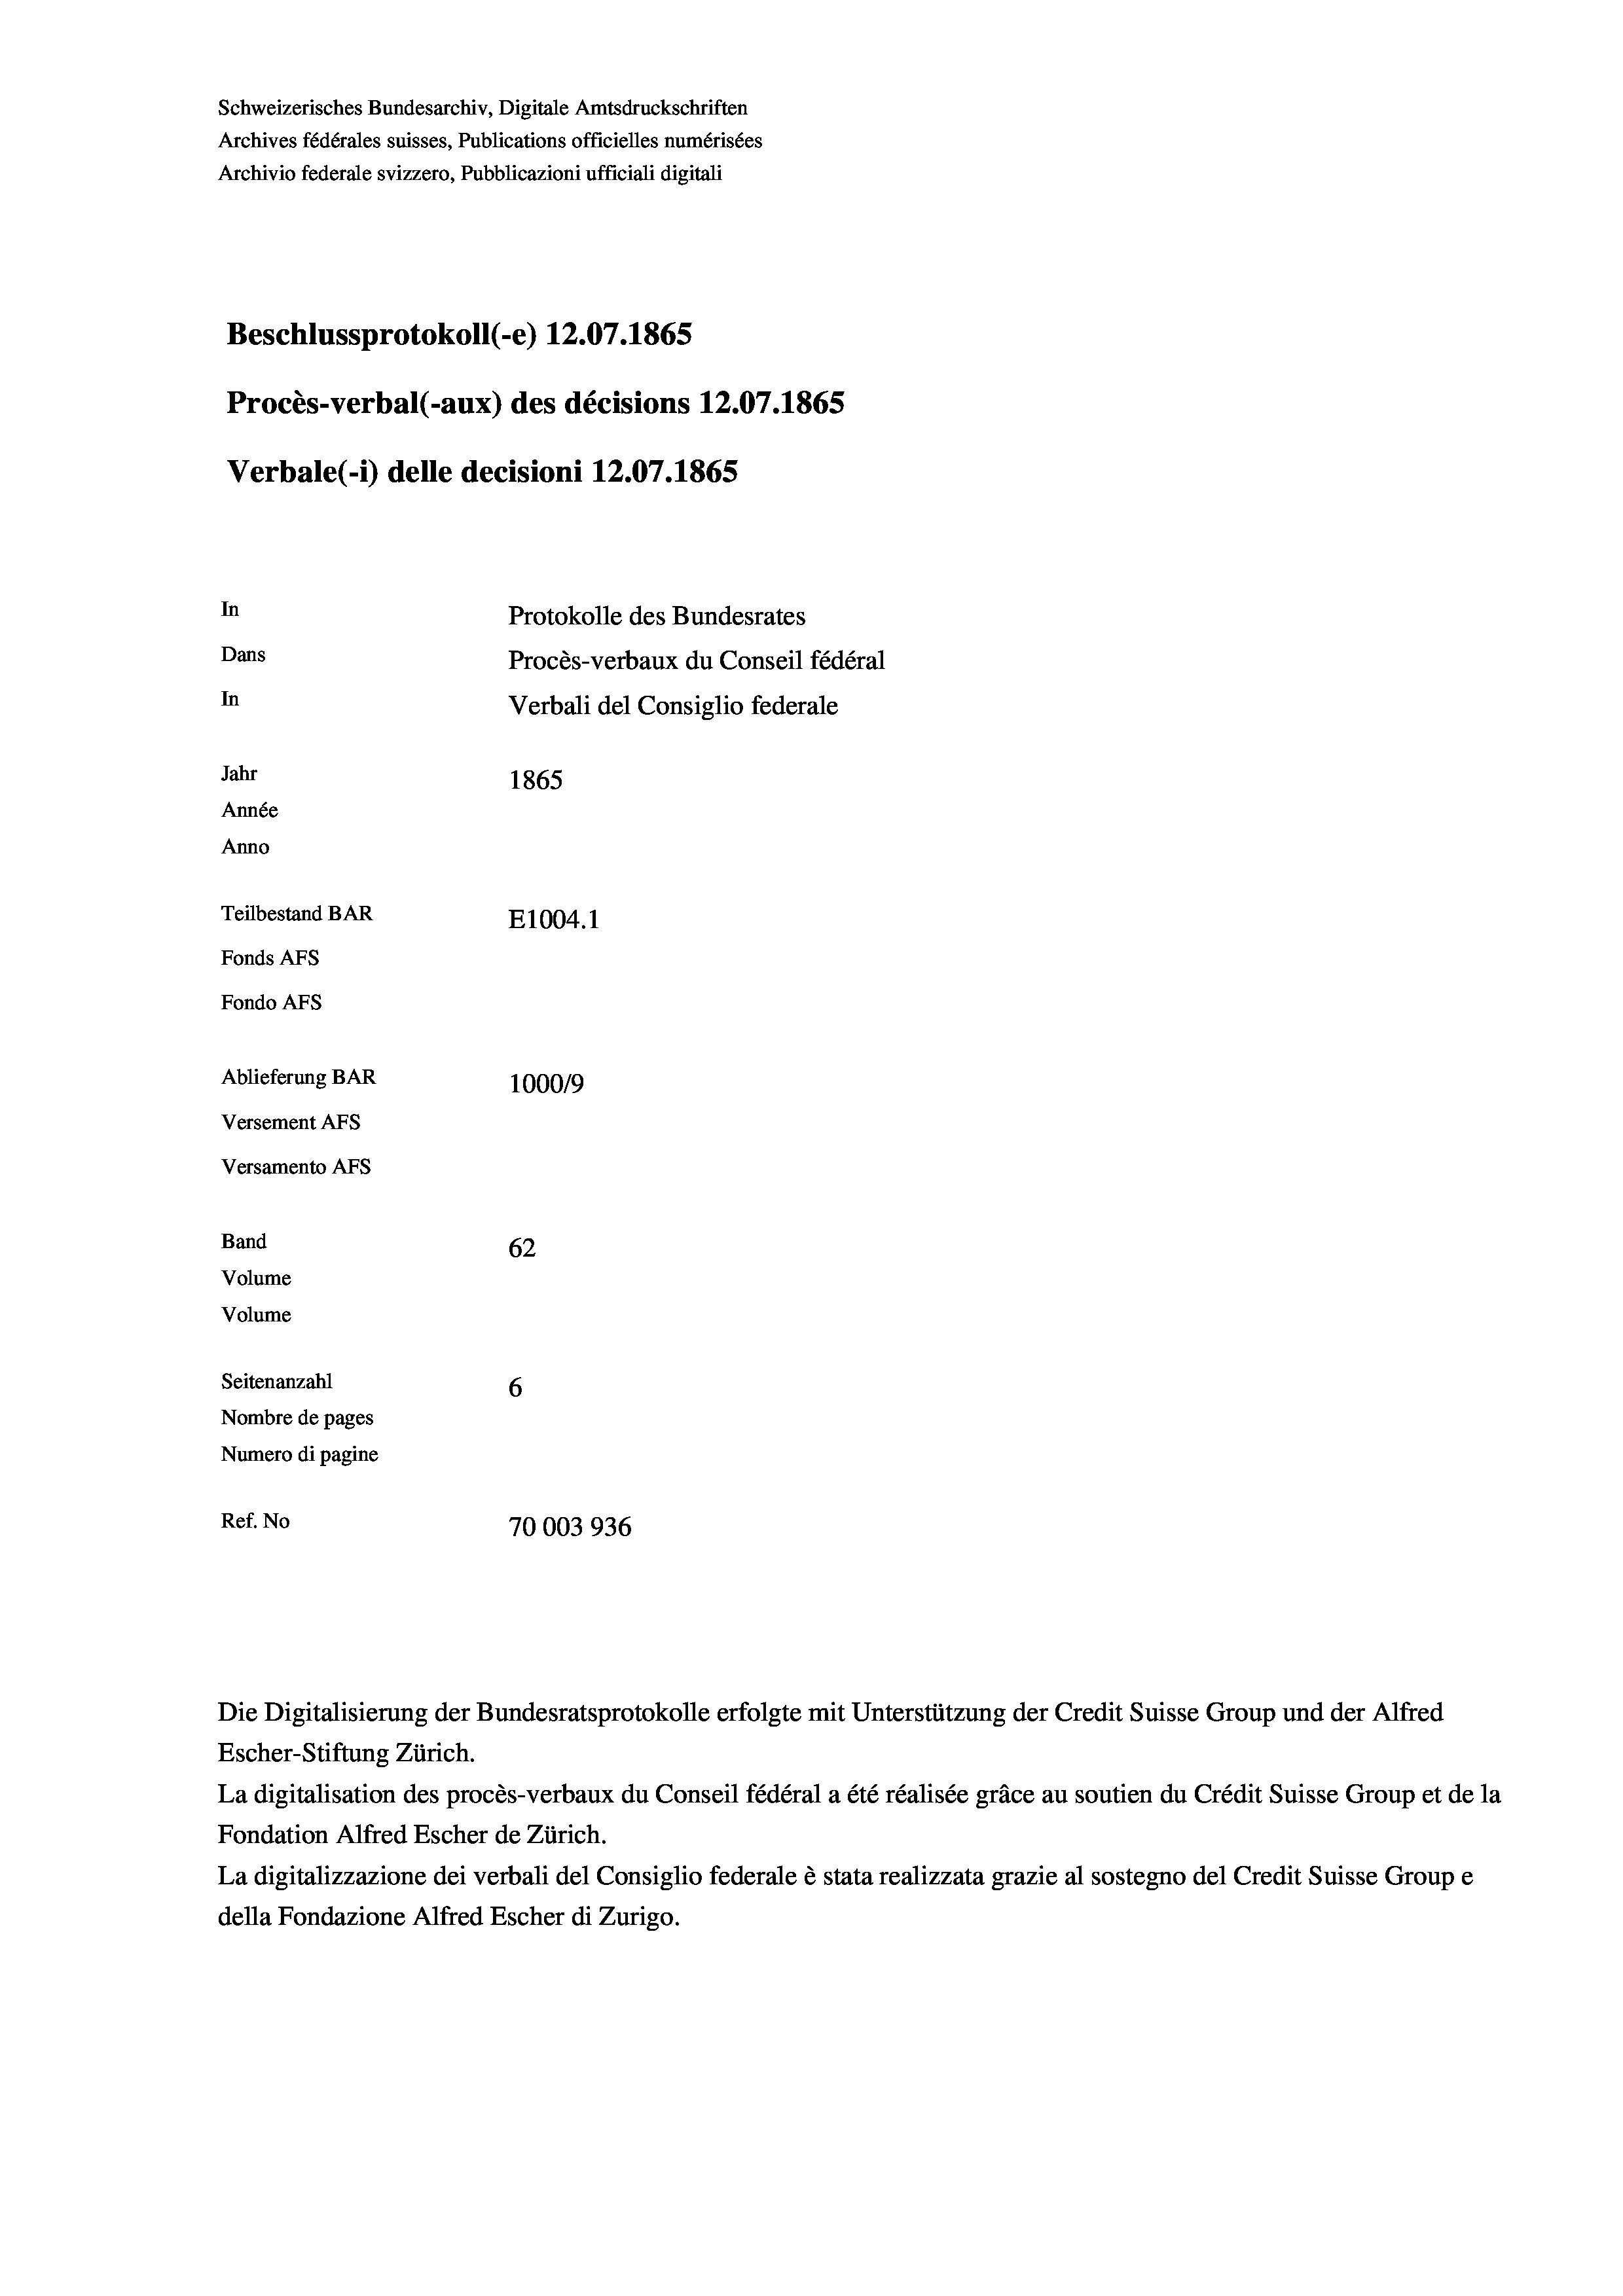
Schweizerisches Bundesarchiv, Digitale Amtsdruckschriften
Archives fédérales suisses, Publications officielles numérisées
Archivio federale svizzero, Pubblicazioni ufficiali digitali
Beschlussprotokoll (-e) 12.07. 1865
Procès-verbal (-aux) des décisions 12.07.1865
Verbale (1) delle decisioni 12.07. 1865
In
Protokolle des Bundesrates
Dans
Procès-verbaux du Conseil fédéral
In
Verbali del Consiglio federale
Jahr
1865
Année
Anno
Teilbestand BAR
E1004.1
Fonds AFs
Fondo AFs
Ablieferung BAR
100019
Versement Abs
Versamento Afs
Band
62
Volume
Volume
Seitenanzahl
6
Nombre de pages
Numero di pagine

Ref. No
70003936

Die Digitalisierung der Bundesratsprotokolle erfolgte mit Unterstützung der Credit Suisse Group und der Alfred

Escher-Stiftung Zürich.
La digitalisation des procès-verbaux du Conseil fédéral a été réalisée gräce au soutien du Crédit Suisse Group et de la
Fondation Alfred Escher de Zürich.
La digitalizzazione dei verbali del Consiglio federale è stata realizzata grazie al sostegno del Credit Suisse Groupe
della Fondazione Alfred Escher di Zurigo.